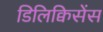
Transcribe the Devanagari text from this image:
डिलिक्विसेंस